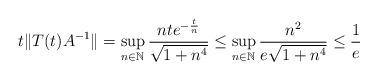
LaTeX: \begin{align*}t\|T(t)A^{-1}\| = \sup_{n \in \mathbb{N}} \frac{nte^{-\frac{t}{n}}}{\sqrt{1+n^4}} \leq \sup_{n \in \mathbb{N}} \frac{n^2}{e\sqrt{1+n^4}} \leq \frac{1}{e}\end{align*}